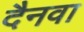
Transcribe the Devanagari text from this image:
दैनवा